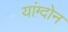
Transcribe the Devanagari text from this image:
यांग्दोन